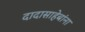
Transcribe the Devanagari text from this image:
दादासाहेबांना